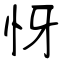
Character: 㤉